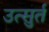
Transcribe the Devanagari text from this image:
उत्सुर्त